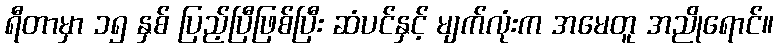
ရီတာမှာ ၁၅ နှစ် ပြည့်ပြီဖြစ်ပြီး ဆံပင်နှင့် မျက်လုံးက အမေတူ အညိုရောင်။